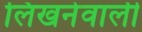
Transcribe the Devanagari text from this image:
लिखनेवाली